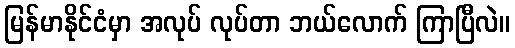
မြန်မာနိုင်ငံမှာ အလုပ် လုပ်တာ ဘယ်လောက် ကြာပြီလဲ။